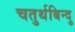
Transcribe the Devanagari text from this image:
चतुर्थबिन्दु